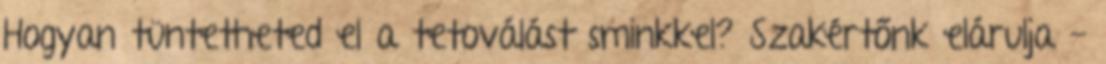
Hogyan tüntetheted el a tetoválást sminkkel? Szakértőnk elárulja -